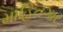
માહિતગાર